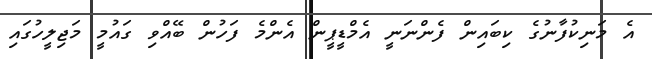
އެ މަނިކުފާނުގެ ކިބައިން ފެންނަނީ އެމްޑީޕީން އެންމެ ފަހުން ބޭއްވި ގައުމީ މަޖިލީހުގައި